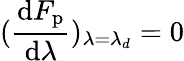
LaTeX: (\frac{\mathrm{d}F_{\mathrm{p}}}{\mathrm{d}\lambda})_{\lambda=\lambda_{d}}=0